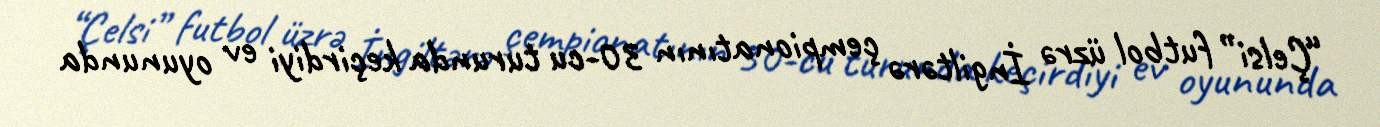
“Çelsi” futbol üzrə İngiltərə çempionatının 30-cu turunda keçirdiyi ev oyununda